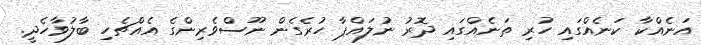
އަނެއްކާ ކަނެއްގައި ހުރި ތަނެއްގައި ދޮރު ނުލައްޕާ ހުރެގެން ނޫސްވެރިންގެ އެއްޗެހި ބާލުވާހެދީ.